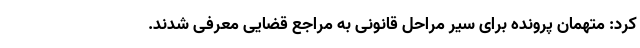
کرد: متهمان پرونده برای سیر مراحل قانونی به مراجع قضایی معرفی شدند.